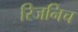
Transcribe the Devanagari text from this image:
रिजनिच